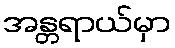
အန္တရာယ်မှာ